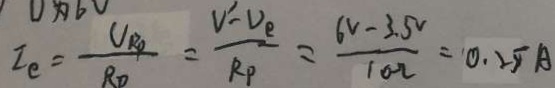
I _ { e } = \frac { C _ { R P } } { R _ { p } } = \frac { V _ { 1 } - V _ { e } } { R _ { P } } = \frac { 6 V - 3 . 5 V } { 1 0 - \alpha } = 0 . 2 5 A